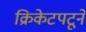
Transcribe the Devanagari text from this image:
क्रिकेटपटूने